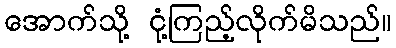
အောက်သို့ ငုံ့ကြည့်လိုက်မိသည်။